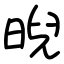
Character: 晲